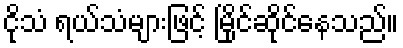
ငိုသံ ရယ်သံများဖြင့် မြိုင်ဆိုင်နေသည်။